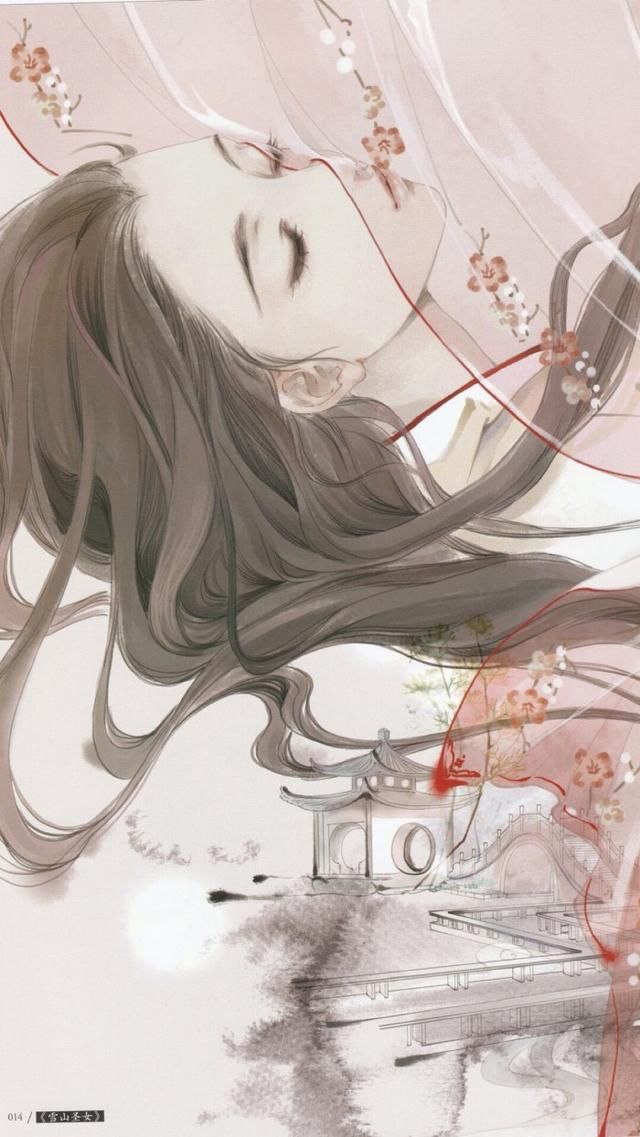
宿空房，秋夜长，夜长无寐天不明。